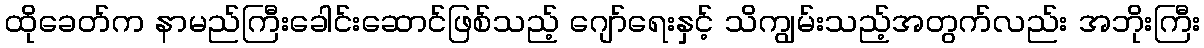
ထိုခေတ်က နာမည်ကြီးခေါင်းဆောင်ဖြစ်သည့် ဂျော်ရေးနှင့် သိကျွမ်းသည့်အတွက်လည်း အဘိုးကြီး